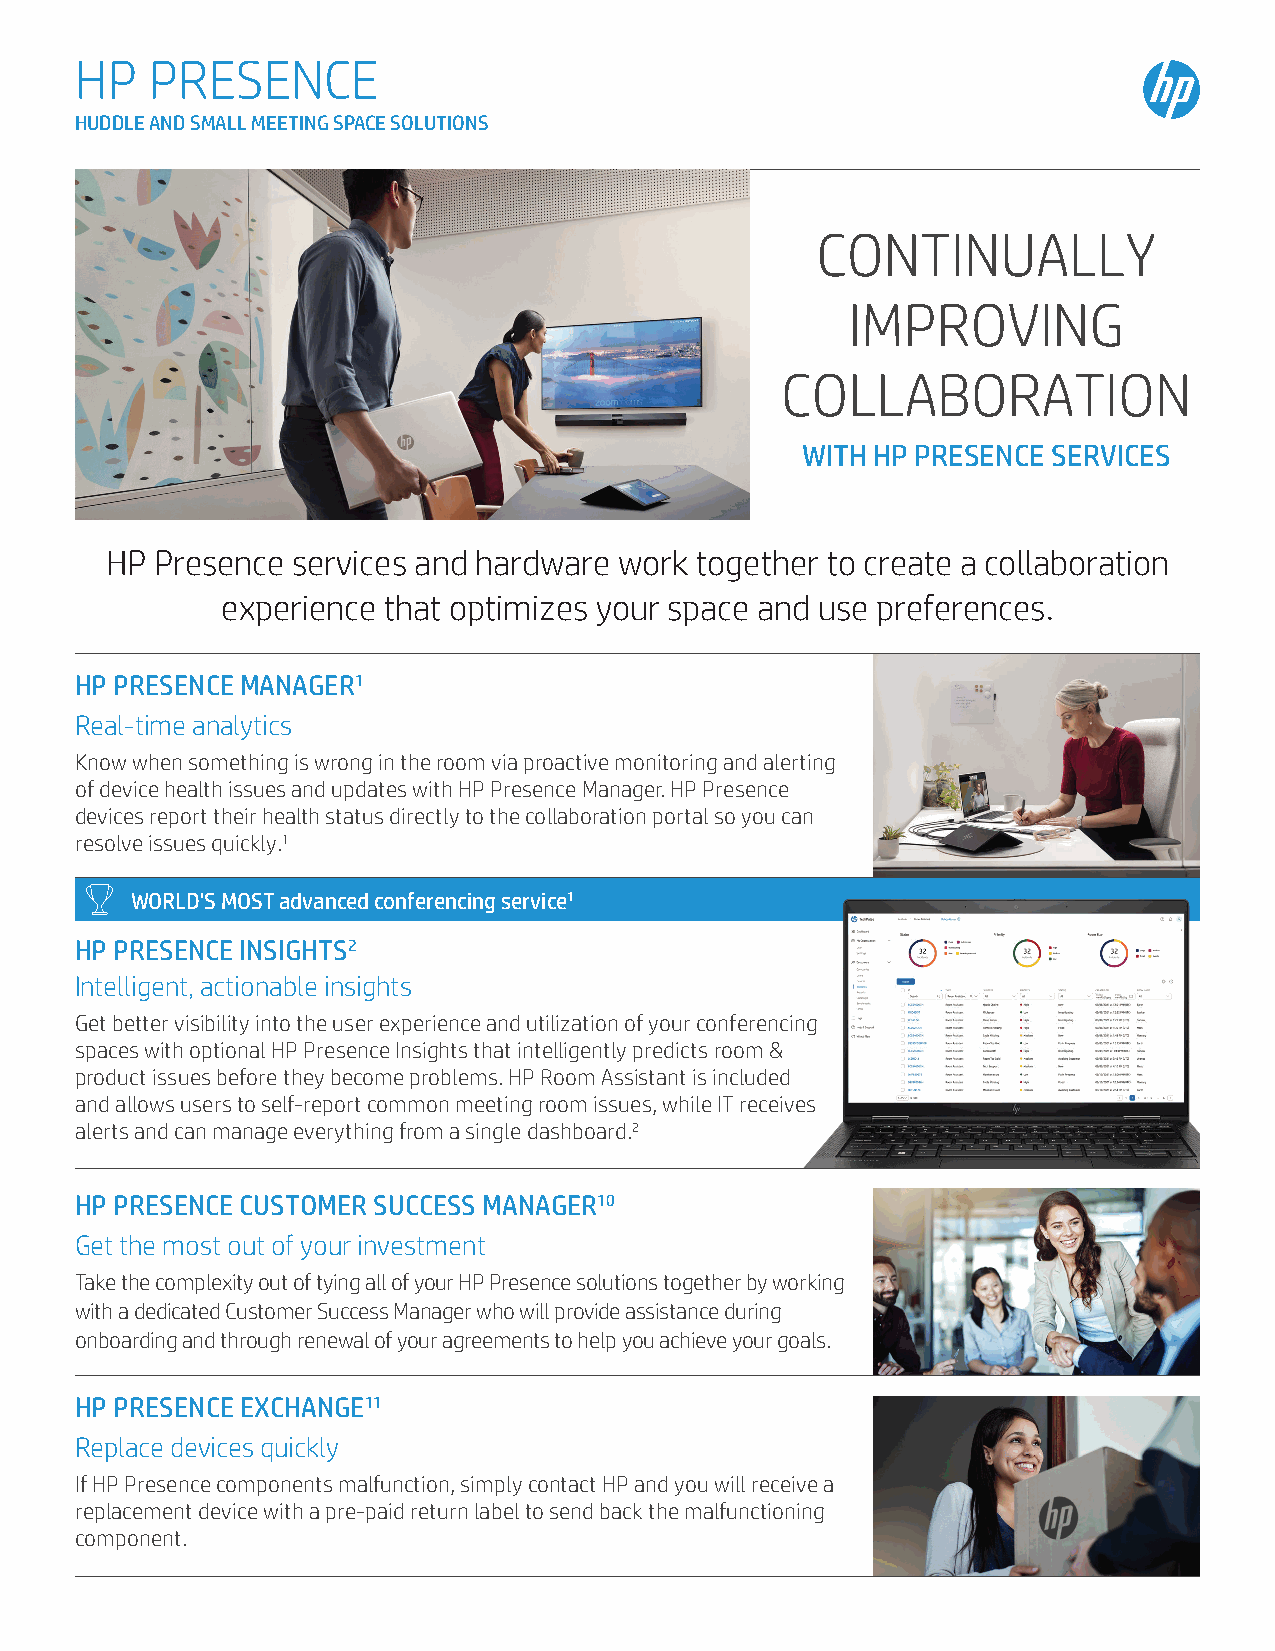
HP   PRESENCE
 HUDDLE AND SMALL MEETING SPACE SOLUTIONS
 CONTINUALLY
 IMPROVING
 COLLABORATION
 WITH HP PRESENCE SERVICES
 HP Presence services and hardware work together to create a collaboration
 experience that optimizes your space and use preferences.
 HP PRESENCE MANAGER1
 Real-time analytics
 Know when something is wrong in the room via proactive monitoring and alerting
 of device health issues and updates with HP Presence Manager. HP Presence
 devices report their health status directly to the collaboration portal so you can
 resolve issues quickly.1
 WORLD'S MOST advanced conferencing service1
 HP PRESENCE INSIGHTS2
 Intelligent, actionable insights
 Get better visibility into the user experience and utilization of your conferencing
 spaces with optional HP Presence Insights that intelligently predicts room &
 product issues before they become problems. HP Room Assistant is included
 and allows users to self-report common meeting room issues, while IT receives
 alerts and can manage everything from a single dashboard.2
 HP PRESENCE CUSTOMER SUCCESS MANAGER10
 Get the most out of your investment
 Take the complexity out of tying all of your HP Presence solutions together by working
 with a dedicated Customer Success Manager who will provide assistance during
 onboarding and through renewal of your agreements to help you achieve your goals.
 HP PRESENCE EXCHANGE11
 Replace devices quickly
 If HP Presence components malfunction, simply contact HP and you will receive a
 replacement device with a pre-paid return label to send back the malfunctioning
 component.